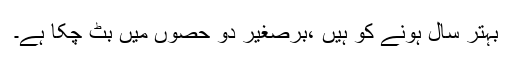
بہتر سال ہونے کو ہیں ،برصغیر دو حصوں میں بٹ چکا ہے۔